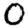
Digit: 0